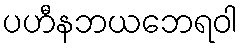
ပဟီနဘယဘေရဝါ